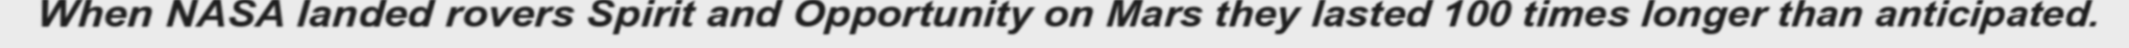
When NASA landed rovers Spirit and Opportunity on Mars they lasted 100 times longer than anticipated.